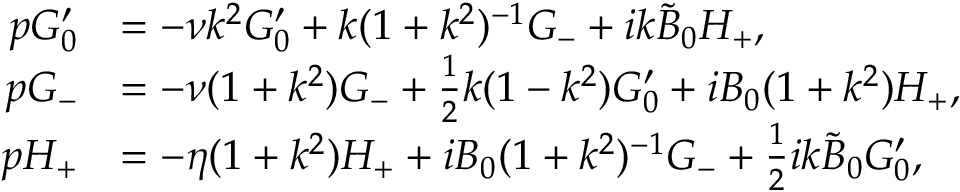
\begin{array} { r l } { p G _ { 0 } ^ { \prime } } & { = - \nu k ^ { 2 } G _ { 0 } ^ { \prime } + { k } ( 1 + k ^ { 2 } ) ^ { - 1 } G _ { - } + i k \tilde { B } _ { 0 } H _ { + } , } \\ { p G _ { - } } & { = - \nu ( 1 + k ^ { 2 } ) G _ { - } + \frac { 1 } { 2 } k ( 1 - k ^ { 2 } ) G _ { 0 } ^ { \prime } + i B _ { 0 } ( 1 + k ^ { 2 } ) H _ { + } , } \\ { p H _ { + } } & { = - \eta ( 1 + k ^ { 2 } ) H _ { + } + i B _ { 0 } ( 1 + k ^ { 2 } ) ^ { - 1 } G _ { - } + \frac { 1 } { 2 } i k \tilde { B } _ { 0 } G _ { 0 } ^ { \prime } , } \end{array}